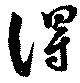
得